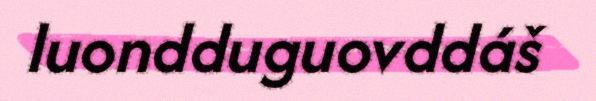
luondduguovddáš